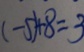
( - 5 ) + 8 = 3